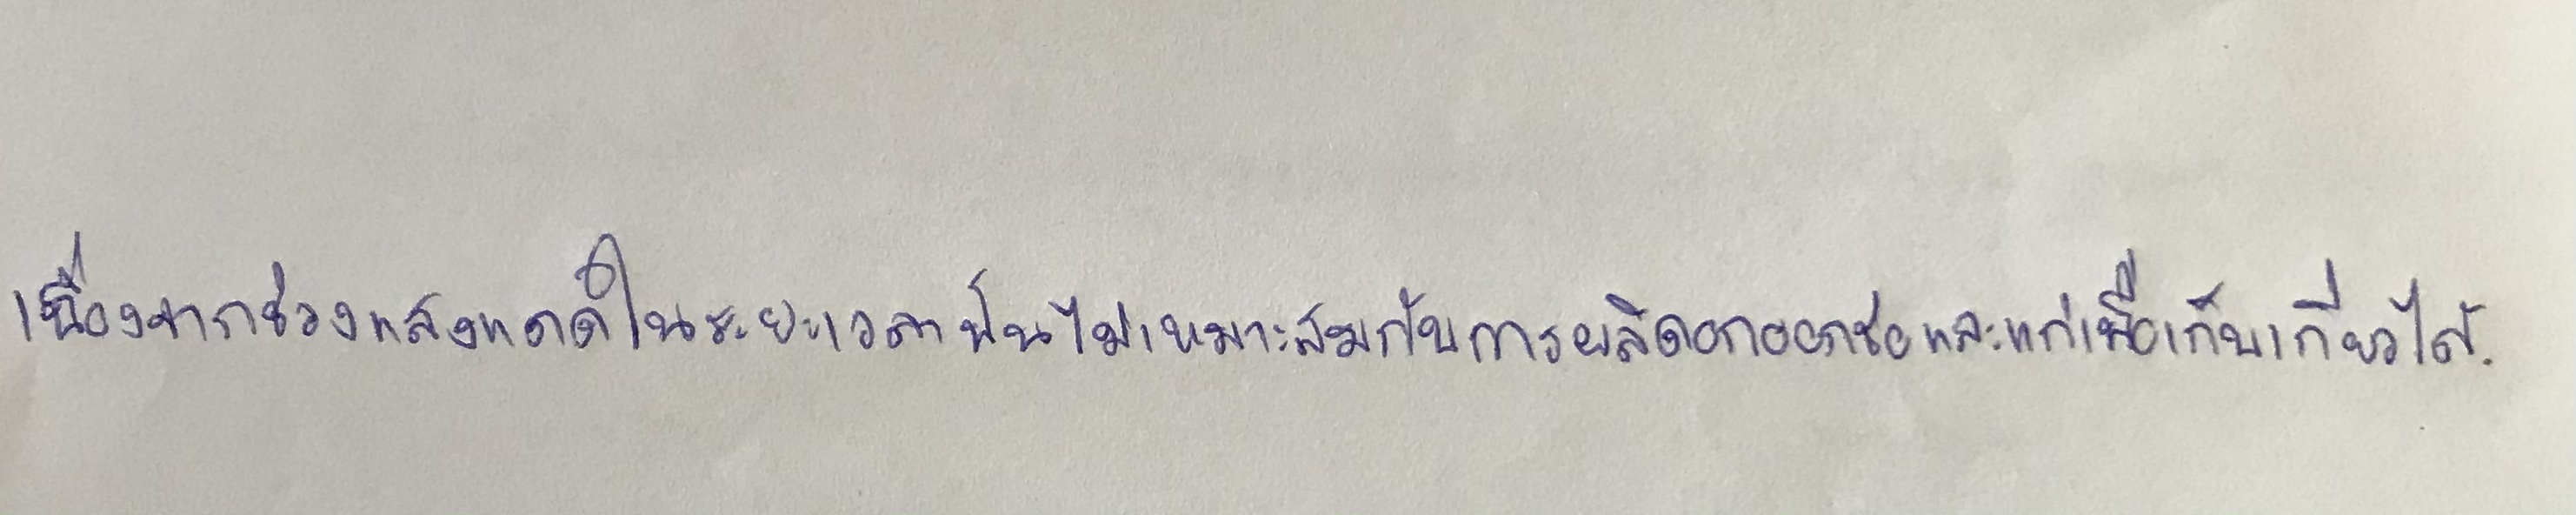
เนื่องจากช่วงแสงแดดในระยะเวลานั้นไม่เหมาะสมกับการผลิดอกออกช่อและแก่เพื่อเก็บเกี่ยวได้